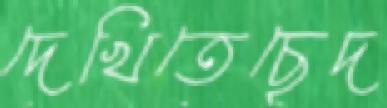
দেখিতেছেদ